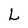
Character: L